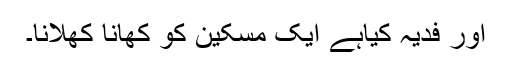
اور فدیہ کیاہے ایک مسکین کو کھانا کھلانا۔